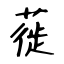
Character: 蓰